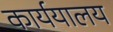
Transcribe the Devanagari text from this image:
कार्ययालय